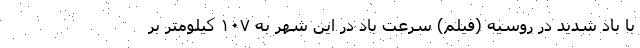
با باد شدید در روسیه (فیلم) سرعت باد در این شهر به ۱۰۷ کیلومتر بر